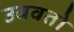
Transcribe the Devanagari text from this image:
उबवतो